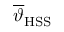
\overline { { \vartheta } } _ { \mathrm { H S S } }